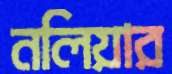
নলিয়ার